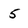
Character: 5